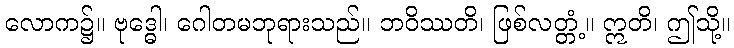
လောက၌။ ဗုဒ္ဓေါ၊ ဂေါတမဘုရားသည်။ ဘဝိဿတိ၊ ဖြစ်လတ္တံ့။ ဣတိ၊ ဤသို့။